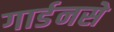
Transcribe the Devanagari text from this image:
गार्डनसे